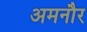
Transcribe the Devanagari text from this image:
अमनौर